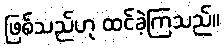
ဖြစ်သည်ဟု ထင်ခဲ့ကြသည်။